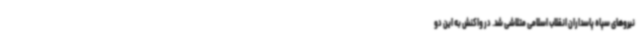
نیروهای سپاه پاسداران انقلاب اسلامی متلاشی شد. در واکنش به این دو